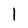
Character: l